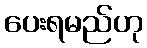
ပေးရမည်ဟု